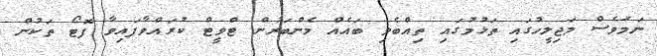
ނަމަވެސް މަޖިލީހުގައި ތަޅުމުގައި ތިއްބެވި ބައެއް މެންބަރުން ޓްވީޓް ކުރައްވާފައިވާ ފޮޓޯ ތަކުން